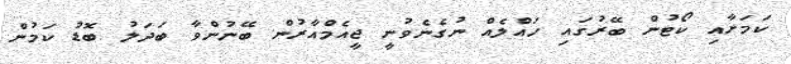
ކަމަށާއި ކޯޓުން ބޭރުގައި ހައްލެއް ނުގެނެވުނީ ޖީއެމްއާރުން ބޭނުންވާ ބަދަލު ބޮޑު ކަމުން